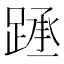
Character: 𰸧